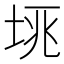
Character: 𡋮